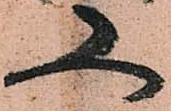
又